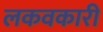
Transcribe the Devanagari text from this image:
लकवकारी